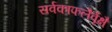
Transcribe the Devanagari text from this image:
सर्वकाफलैर्वृक्षै